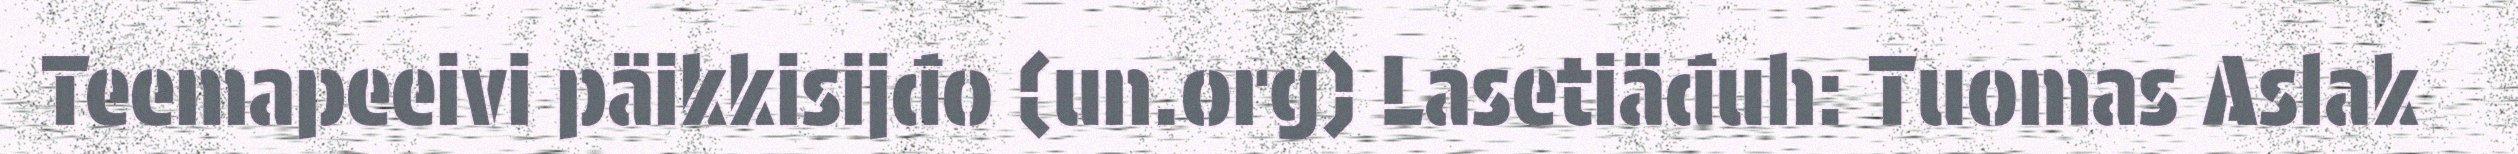
Teemapeeivi päikkisijđo (un.org) Lasetiäđuh: Tuomas Aslak